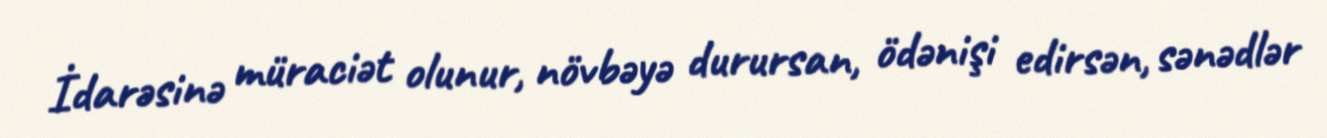
İdarəsinə müraciət olunur, növbəyə durursan, ödənişi edirsən, sənədlər